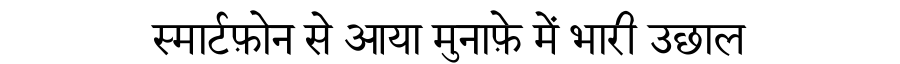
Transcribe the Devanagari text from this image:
स्मार्टफ़ोन से आया मुनाफ़े में भारी उछाल